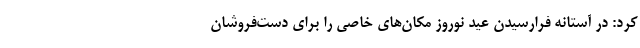
کرد: در آستانه فرارسیدن عید نوروز مکان‌های خاصی را برای دست‌فروشان